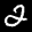
Label: 2